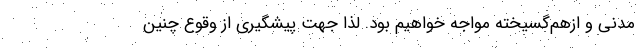
مدنی و ازهم‌گسیخته مواجه خواهیم بود. لذا جهت پیشگیری از وقوع چنین